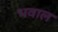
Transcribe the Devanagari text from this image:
भवाल